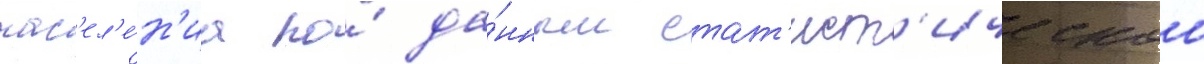
нас'ел'е́н'иа по́ да́нным стат'ист'ическои